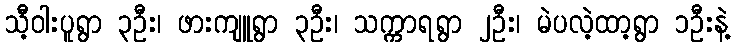
သီ့ဝါးပူရွာ ၃ဦး၊ ဖားကျူရွာ ၃ဦး၊ သက္ကာရရွာ ၂ဦး၊ မဲပလဲ့ထာ့ရွာ ၁ဦးနဲ့